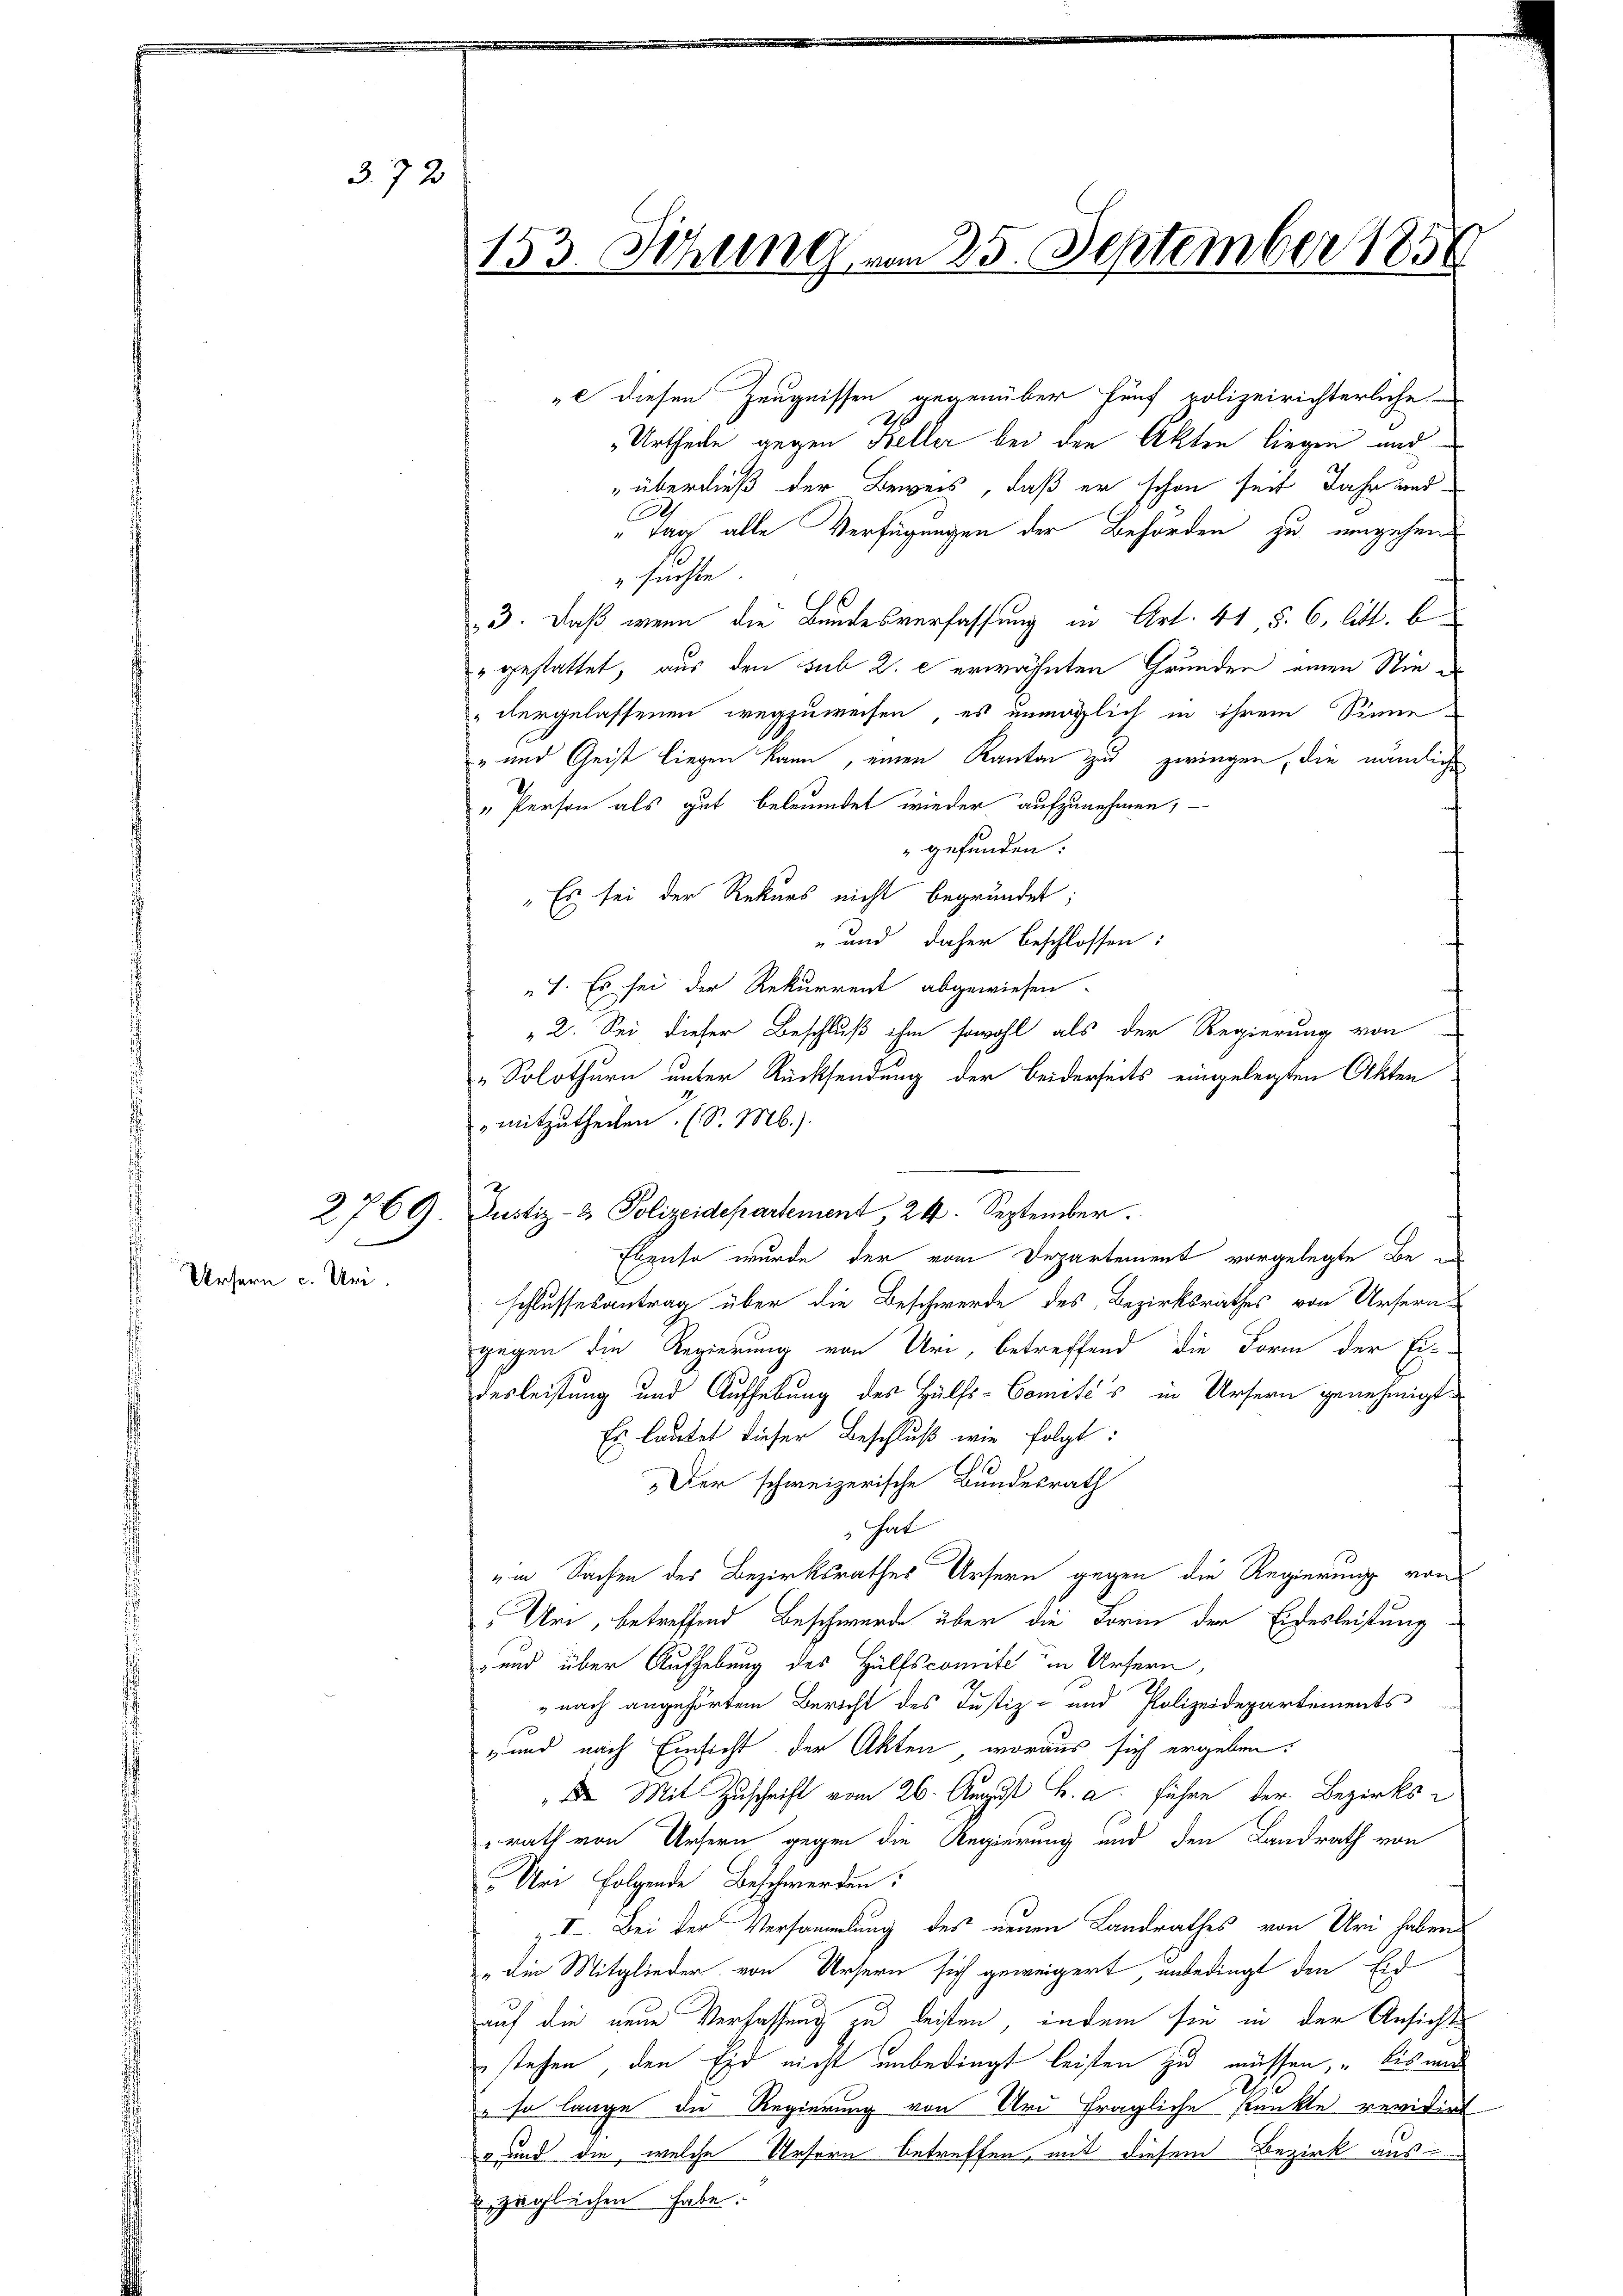
2769
.
Ursern c. Uri.

372

153. Verung vom 25. September 1859

" diesen Zeugnissen gegenüber fünf polizeirichterliche
Urtheile gegen Heller bei den Akten liegen und
überdieß der Beweis, daß er schon seit Jahr und
Tag alle Verfügungen der Behörden zu umgehen
" suchte.
3. Daß wenn die Bundesverfassung in Art. 41, §. 6. litt. b
" gestattet, aus den sub 2. c erwähnten Grunden einen Wie a
" dergelassenen wegzuweisen, es unmöglich in ihrem Sinne
- und Geist liegen kann, einen Kanton zu zwingen, die nämliche
" Person als gut beleumdet wieder aufzunehmen; —
gefunden:
Es sei der Rekurs nicht begründet;
und daher beschlossen:
1. Es sei der Rekurrent abgewiesen.
2. Sei dieser Beschluß ihm sowohl als der Regierung von
„Solothurn unter Rücksendung der beiderseits eingelegten Akten
mitzutheilen. (S. Mb.).
Justiz- & Polizeidepartement, 24. September.
Ebenso wurde der vom Departement vorgelegte Beschlussesantrag über die Beschwerde des Bezirksrathes von Ursern
gegen die Regierung von Uri, betreffend die Form der Ein
desleistung und Aufhebung des Hülfs-Comité's in Ursern genehmigt
Es lautet dieser Beschluß wie folgt:
Der schweizerische Bundesrath
hat
um Sachen der Bezirksrathes Ursern gegen die Regierung von
Um, betreffend Beschwerde über die Form der Eidesleistung
 und über Aufhebung des Hülfscomite in Ursern,
" nach angehörten Bericht des Justiz- und Polizeidepartements
„und nach Einsicht der Akten, woraus sich ergeben:
 Mit Zuschrift vom 26. August u. a. führe der Bezirksrath von Ursern gegen die Regierung und den Landrath von
Uni folgende Beschwerden:
z II. Bei der Versammlung des neuen Landrathes von Uri haben
„den Mitglieder von Ursern sich geweigert unbedingt den Eid
auf die neue Verfassung zu leisten, indem sie in der Ansichts
stehen, den Eid nicht unbedingt leisten zu müssen, bis wid
28
" so lange die Regierung von Uri fragliche Punkte revidirt
z und die, welche Ursern betreffen, mit diesem Bezirk aus¬
u zugleichen habe.